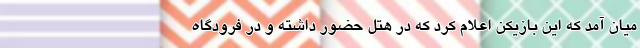
میان آمد که این بازیکن اعلام کرد که در هتل حضور داشته و در فرودگاه